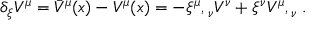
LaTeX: \delta _ { \xi } V ^ { \mu } = { \bar { V } } ^ { \mu } ( x ) - V ^ { \mu } ( x ) = - { \xi ^ { \mu } } , { } _ { \nu } V ^ { \nu } + \xi ^ { \nu } { V ^ { \mu } } , { } _ { \nu } \; .